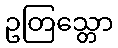
ဥတြသ္တော